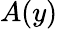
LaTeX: A(y)